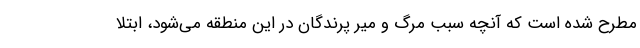
مطرح شده است که آنچه سبب مرگ و میر پرندگان در این منطقه می‌شود، ابتلا